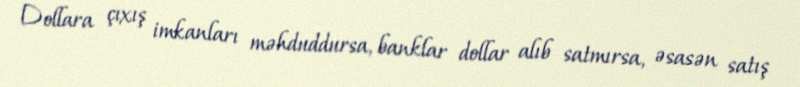
Dollara çıxış imkanları məhduddursa, banklar dollar alıb satmırsa, əsasən satış